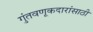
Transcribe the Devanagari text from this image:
गुंतवणूकदारांसाठी